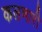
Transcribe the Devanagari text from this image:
कलणारी